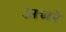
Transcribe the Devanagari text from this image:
अचरे